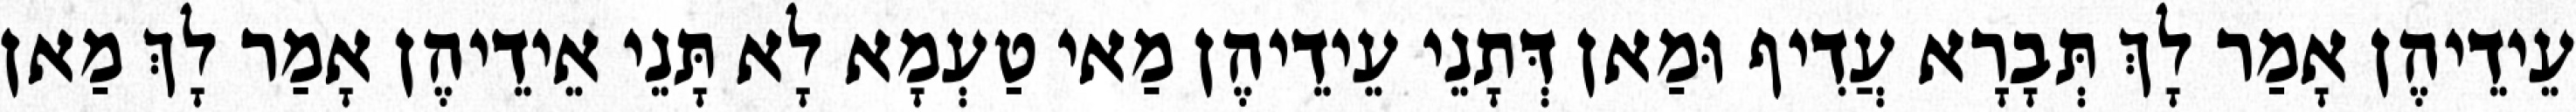
עֵידֵיהֶן אָמַר לָךְ תְּבָרָא עֲדִיף וּמַאן דְּתָנֵי עֵידֵיהֶן מַאי טַעְמָא לָא תָּנֵי אֵידֵיהֶן אָמַר לָךְ מַאן